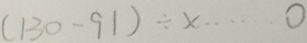
( 1 3 0 - 9 1 ) \div x \cdots o